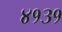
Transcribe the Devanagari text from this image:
४१३१